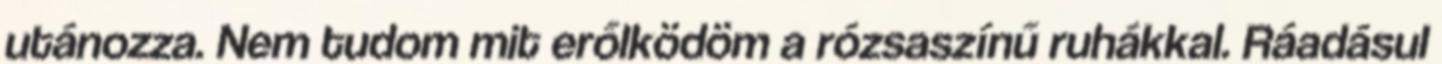
utánozza. Nem tudom mit erőlködöm a rózsaszínű ruhákkal. Ráadásul